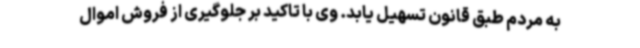
به مردم طبق قانون تسهیل یابد. وی با تاکید بر جلوگیری از فروش اموال